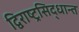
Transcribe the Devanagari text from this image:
द्विराष्ट्रसिद्धान्त